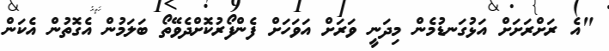
"އެ ރަށްރަށަށް އަޅުގަނޑުމެން މިދަނީ ވަރަށް އަވަހަށް ފެންފޯރުކޮށްދެވޭތޯ ބަލަމުން އެގޮތުން އެކަން